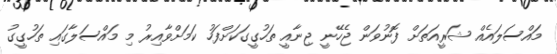
މައްސަލައެއް ޝަރީއަތަށް ފޮނުވަން ޖެހޭނީ ޖިނާއީ ތަހުގީގަކަށްފަހު ކަމަށްވާއިރު މި މައްސަލާގައި ތަހުގީގު